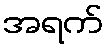
အရက်